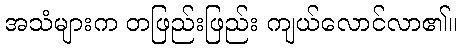
အသံများက တဖြည်းဖြည်း ကျယ်လောင်လာ၏။